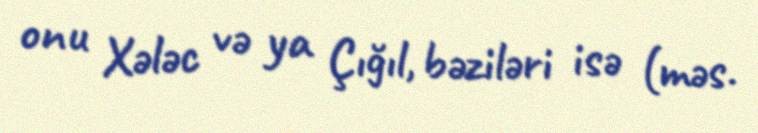
onu Xələc və ya Çığıl, bəziləri isə (məs.